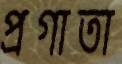
প্রগাতা